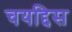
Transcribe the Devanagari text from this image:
चयद्दिस